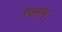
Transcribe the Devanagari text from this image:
ऍल्लाम्‌